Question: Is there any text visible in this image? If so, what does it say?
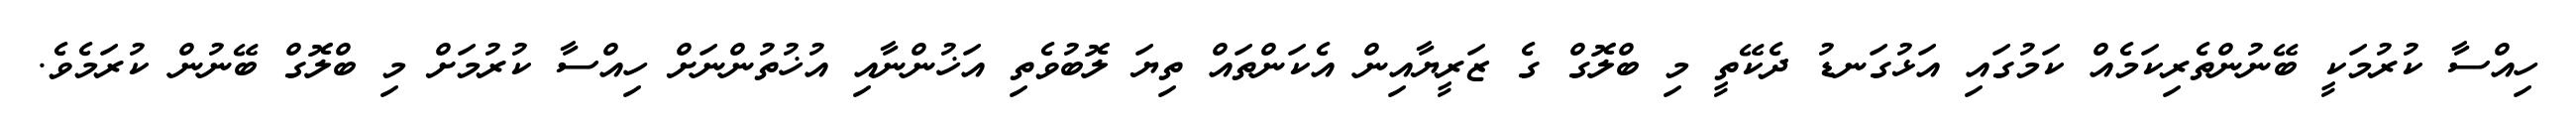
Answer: ހިއްސާ ކުރުމަކީ ބޭނުންތެރިކަމެއް ކަމުގައި އަޅުގަނޑު ދެކޭތީ މި ބްލޮގް ގެ ޒަރީޔާއިން އެކަންތައް ތިޔަ ލޮބުވެތި އަޚުންނާއި އުޚުތުންނަށް ހިއްސާ ކުރުމަށް މި ބްލޮގް ބޭނުން ކުރަމެވެ.